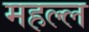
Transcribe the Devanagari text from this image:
महल्ल